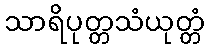
သာရိပုတ္တသံယုတ္တံ